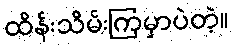
ထိန်းသိမ်းကြမှာပဲတဲ့။